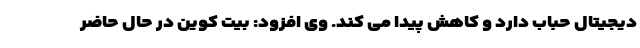
دیجیتال حباب دارد و کاهش پیدا می کند. وی افزود: بیت کوین در حال حاضر